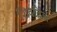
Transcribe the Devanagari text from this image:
शिवद्विज